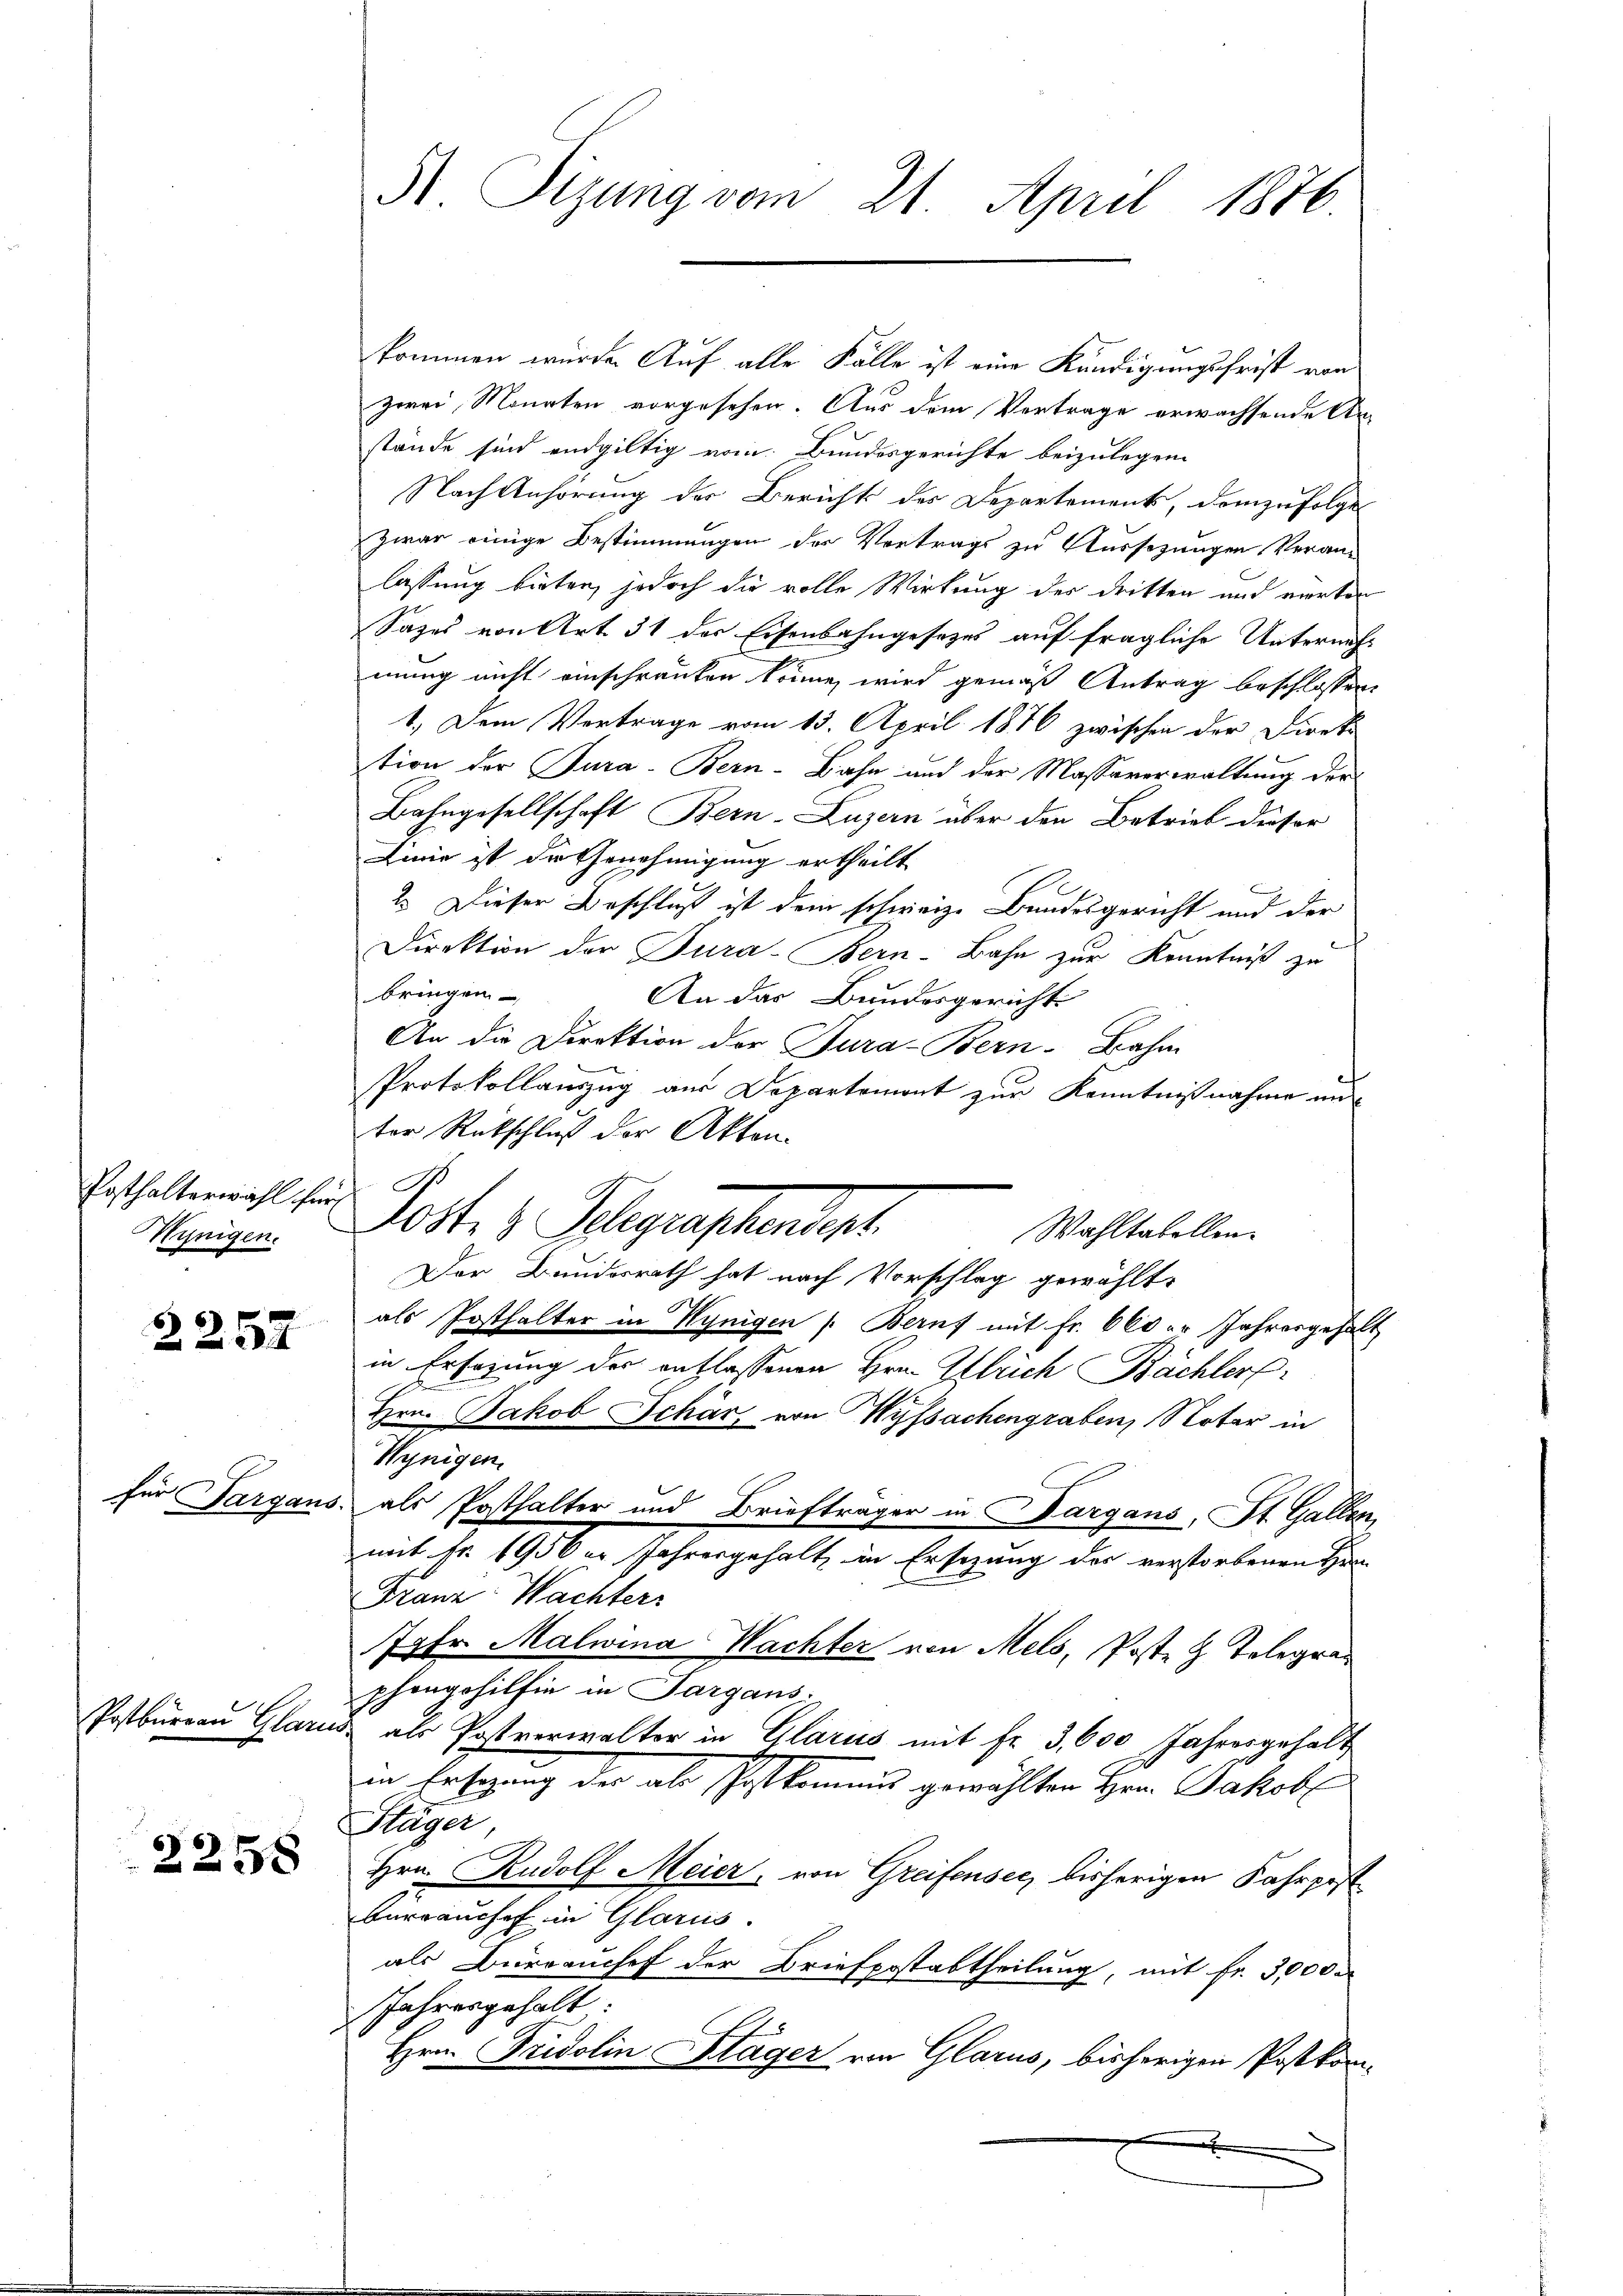
Posthalterwahl für
Wenigen.

2257

für Sargaus.

Postburgau Glarus

2258

S Sizung vom 21. April 1886

kommen wurde. Auf alle Fälle ist eine Kündigungsfrist von
zwei Monaten vorgesehen. Aus dem Vortrage erwachsende Anstande sind endgültig vom Bundesgerichte beizulegen.
Nach Anhörung der Berichts des Departements, demzufolge
zwar einige Bestimmungen der Vortrags zu Aussezungen Veranlassung bieten, jedoch die volle Wirkung des dritten und vierten
Sazes von Art. 31 der Eisenbahngesetzes auf fragliche Unternehmung nicht einschränken könne, wird gemäß Antrag beschlossen,
1. Dem Vertrage vom 15. April 1876 zwischen der Direk
tion der Jura-Bern-Bahn und der Massaverwaltung der
Bahngesellschaft Bern-Luzern über den Betrieb dieser
Linie ist die Genehmigung ertheilt
2. Dieser Beschluß ist dem schweiz. Bundesgericht und der
Direktion der Jura-Bern-Bahn zur Kenntniß zu
bringen
An das Bundesgericht
An die Direktion der Jura-Bern-Bahn
Protokollanzug aus Departemont zur Kenntnißnahme un
ter Rückschluß der Akten.
G.
Dotte z. Schegraphendert
Der Bundesrath hat nach Vorschlag gewählt,
als Posthalter in Hynigen (Beruf mit fr. 600 r Jahresgehalt
in Ersezung des anflassenen Hrn. Alleich Bächler
Hrn. Jakob Schär von Wyssachengraben, Notar in
Hynigen
als Posthalter und Briefträger in Dargans, St. Gallen,
mit Fr. 1956 er Jahresgehalt in Ersezung des verstorbenen Her
Franz Wachter
Ihr Malwina Wachter von Mels, Poste z. Telegraphongehilfie in Sargaus.
& als Postverwalter in Glarus mit Fr. 3,600 Jahresgehalt
in Ersezung der als Postkommnis gewählten Herr Jakob
Stäger,
Hrn. Rudolf Meier, von Greifensee, bisherigen Fahrpost
Bürrauchef in Glarus.
als Burranchef der Briefpostabtheilung, mit Fr. 3000
Jahresgehalt:
Hrn. Fridolin Stäger von Glarus, bisherigen Postkom-

Wahltabellen.